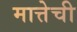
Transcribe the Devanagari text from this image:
मात्तेची